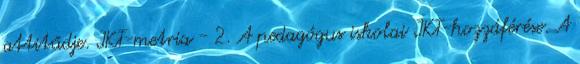
attitűdje. IKT-metria - 2. A pedagógus iskolai IKT-hozzáférése. A